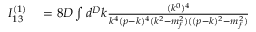
\begin{array} { r l } { I _ { 1 3 } ^ { ( 1 ) } } & { { } = 8 D \int d ^ { D } k \frac { ( k ^ { 0 } ) ^ { 4 } } { k ^ { 4 } ( p - k ) ^ { 4 } ( k ^ { 2 } - m _ { f } ^ { 2 } ) ( ( p - k ) ^ { 2 } - m _ { f } ^ { 2 } ) } } \end{array}